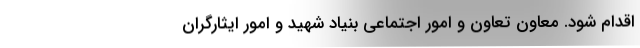
اقدام شود. معاون تعاون و امور اجتماعی بنیاد شهید و امور ایثارگران